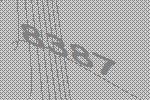
8387